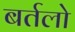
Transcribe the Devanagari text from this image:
बर्तलो